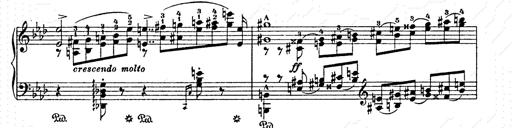
Title: AnnÃ©es de pÃ¨lerinage II
Composer: Franz Liszt